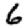
Digit: 6